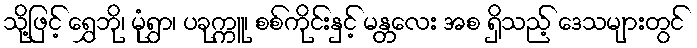
သို့ဖြင့် ရွှေဘို၊ မုံရွာ၊ ပခုက္ကူ၊ စစ်ကိုင်းနှင့် မန္တလေး အစ ရှိသည့် ဒေသများတွင်